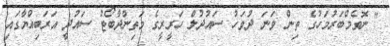
" ނޮވެމްބަރުމަހުގެ ތިން ވަނަ ދުވަހު ސައުދުލް ހަރީރީގެ މަތިންދާބޯޓު ސައުދީ އަރަބިއްޔާގައި